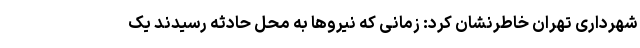
شهرداری تهران خاطرنشان کرد: زمانی که نیروها به محل حادثه رسیدند یک